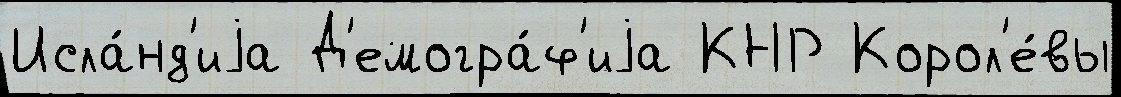
Исла́нд'иjа Д'емогра́ф'иjа КНР Корол'е́вы